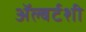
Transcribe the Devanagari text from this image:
ॲल्बर्टशी